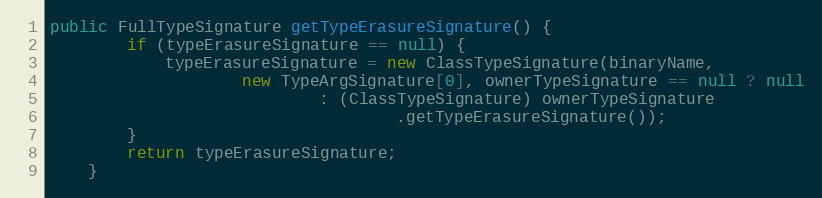
Language: Java
public FullTypeSignature getTypeErasureSignature() {
		if (typeErasureSignature == null) {
			typeErasureSignature = new ClassTypeSignature(binaryName,
					new TypeArgSignature[0], ownerTypeSignature == null ? null
							: (ClassTypeSignature) ownerTypeSignature
									.getTypeErasureSignature());
		}
		return typeErasureSignature;
	}